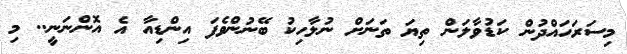
މިސަރަހައްދުން ކަޑުވާލަން ތިޔަ ތަނަށް ނުލާހިކު ބޭނުންވެފަ އިންޑިއާ އެ އޮންނަނީ.. މި